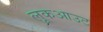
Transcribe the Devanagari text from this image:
लूकआउट